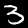
Label: 3